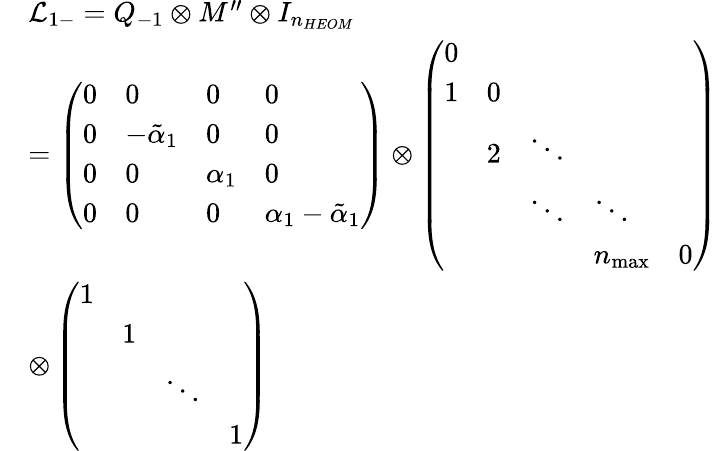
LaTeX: \begin{array}{rl}&{{\mathcal{L}_{1-}}={{Q}_{-1}}\otimes M^{\prime\prime}\otimes{{I}_{{{n}_{HEOM}}}}}\\ &{=\left(\begin{array}{llll}{0}&{0}&{0}&{0}\\ {0}&{{{{-\tilde{\alpha}}}_{1}}}&{0}&{0}\\ {0}&{0}&{{{\alpha}_{1}}}&{0}\\ {0}&{0}&{0}&{{{\alpha}_{1}}-{{{\tilde{\alpha}}}_{1}}}\end{array}\right)\otimes\left(\begin{array}{lllll}{0}&{}&{}&{}&{}\\ {1}&{0}&{}&{}&{}\\ {}&{{2}}&{\ddots}&{}&{}\\ {}&{}&{\ddots}&{\ddots}&{}\\ {}&{}&{}&{{{n}_{\operatorname*{max}}}}&{0}\end{array}\right)}\\ &{\otimes\left(\begin{array}{llll}{1}&{}&{}&{}\\ {}&{1}&{}&{}\\ {}&{}&{\ddots}&{}\\ {}&{}&{}&{1}\end{array}\right)}\end{array}